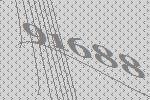
91688